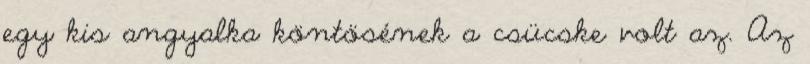
egy kis angyalka köntösének a csücske volt az. Az